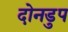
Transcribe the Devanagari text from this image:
दोनडुप